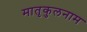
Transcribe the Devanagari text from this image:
मातृकुलनाम